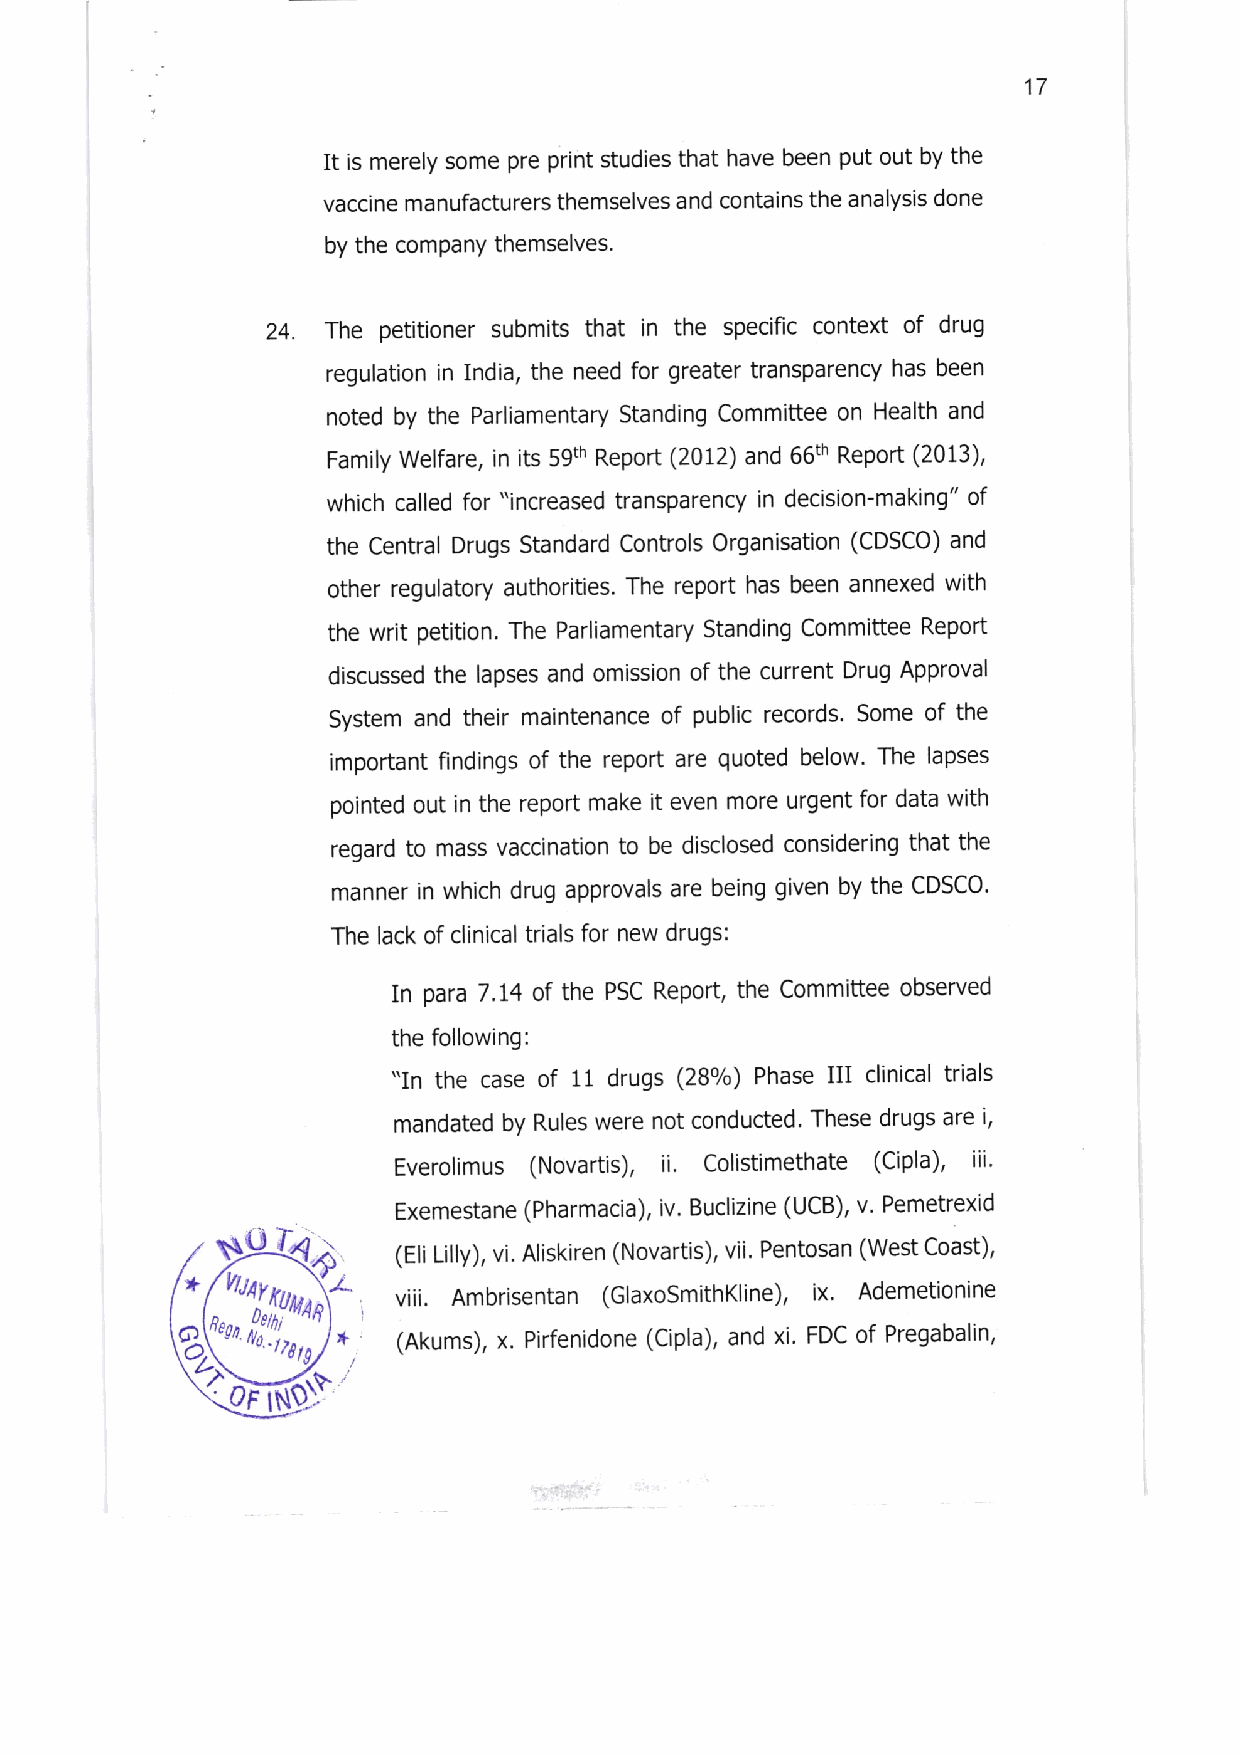
17
 It is merely some pre print studies that have been put out by the
 vaccine manufacturers themselves and contains the analysls done
 by the company themselves.
 24. The petitioner submits that in the specific context of drug
 regulation in India, the need for greater transparency has been
 noted by the Parliamentary Standlng Committee on Health and
 Family Welfare, in its 59th Report (2012) and 66th Report (2013),
 which called for "increased transparency in decision-making" of
 the Central Drugs Standard Controls Organisation (CDSCO) and
 other regulatory authorities. The report has been annexed with
 the writ petition. The Parliamentary Standing Committee Report
 discussed the lapses and omisslon of the current Drug Approval
 System and their maintenance of public records. Some of the
 important findings of the report are quoted below. The lapses
 pointed out in the report make it even more urgent for data wlth
 regard to mass vaccination to be disclosed considerlng that the
 manner in which drug approvals are being given by the CDSCO'
 The lack of clinical trlals for new drugs:
 In para 7.14 of the PSC Report, the Committee observed
 the following:
 III
 "In the case of 11 drugs (28olo) Phase clinical trials
 mandated by Rules were not conducted. These drugs are i,
 Everolimus (Novartis), li. Collstimethate (Cipla), ili'
 Exemestane (Pharmacia), iv' Buclizine (UCB), v. Pemetrexid
 (-,
 (Eli Lilly), vi. Allskiren (Novartis), vii. Pentosan (West Coast),
 *         .L, viii. Ambrisentan (GlaxoSmithKline), ix. Ademetionine
 o
 +   (Akums), x. Pirfenidone (Cipla), and xi. FDC of Pregabalin,
 0FIN